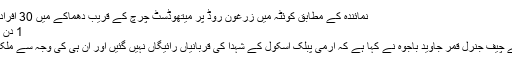
نمائندہ کے مطابق کوئٹہ میں زرغون روڈ پر میتھوڈسٹ چرچ کے قریب دھماکے میں 30 افراد زخمی ہوگئے ...
1 دن ago	پاکستان 0
پاکستان: آرمی کے چیف جنرل قمر جاوید باجوہ نے کہا ہے کہ آرمی پبلک اسکول کے شہدا کی قربانیاں رائیگاں نہیں گئیں اور ان ہی کی وجہ سے ملک میں امن قائم ہوا۔